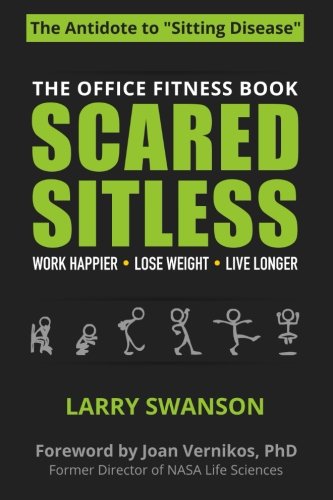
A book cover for Scared Sitless: The Office Fitness Book; Larry Swanson; Medical Books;